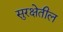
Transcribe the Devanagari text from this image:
सुरक्षेतील